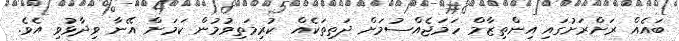
ބައެއް ރަށްރަށުގައި އިންތިޒާމް ހަމަޖެއްސުމަށް ދަތިތަކެއް ކުރިމަތިވުމުން ކަމަށް އޭނާ ވިދާޅުވި އެވެ.